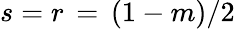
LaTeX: s=r\, =\, (1-m)/2